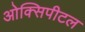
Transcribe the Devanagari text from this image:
ओक्सिपीटल